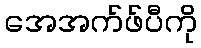
အေအက်ဖ်ပီကို